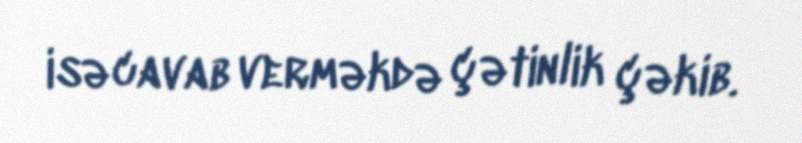
isə cavab verməkdə çətinlik çəkib.